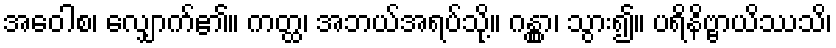
အဝေါစ၊ လျှောက်၏။ ကတ္ထ၊ အဘယ်အရပ်သို့။ ဂန္တွာ၊ သွား၍။ ပရိနိဗ္ဗာယိဿသိ၊